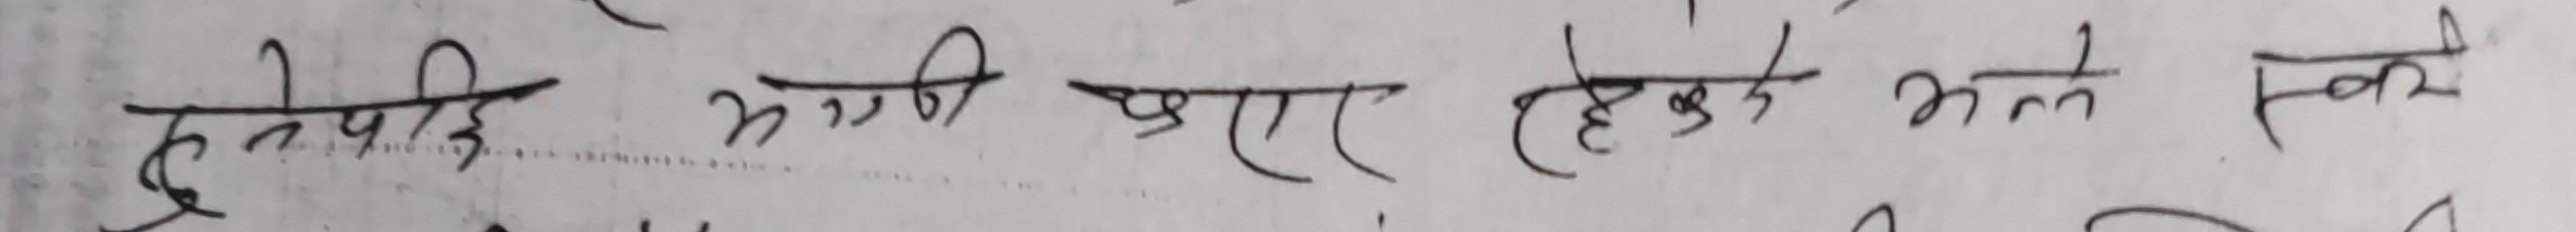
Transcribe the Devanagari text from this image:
हुनेपाई अग्गि प्राय हेक्के भन्ने स्वरे